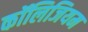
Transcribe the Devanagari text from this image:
कॉलिजियम